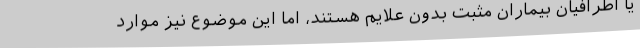
یا اطرافیان بیماران مثبت بدون علایم هستند، اما این موضوع نیز موارد